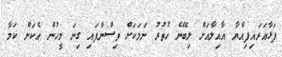
ފަޅާއަރައިފިއްޔާ އާއިލާއަށް ލިބޭނެ ހުތުރު ނަމަކަށް ވިސްނާފައި ގިނަ މީހުން އެކަން ކަމާ